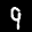
Label: 9